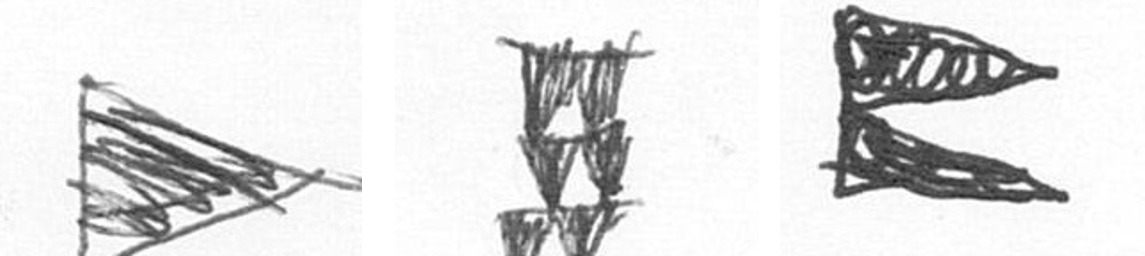
T Y P